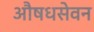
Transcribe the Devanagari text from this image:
औषधसेवन